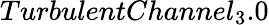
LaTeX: TurbulentChannel_{3}.0